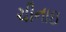
ચીનાઇ